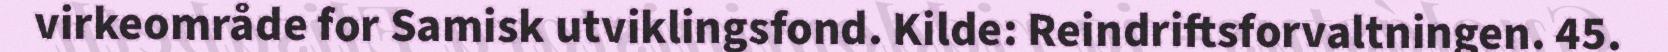
virkeområde for Samisk utviklingsfond. Kilde: Reindriftsforvaltningen. 45.